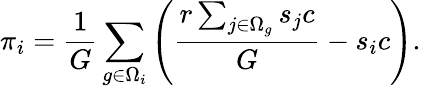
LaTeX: \pi_{i}=\frac{1}{G}\sum_{g\in\Omega_{i}}\left(\frac{r\sum_{j\in\Omega_{g}}s_{j}c}{G}-s_{i}c\right).